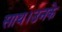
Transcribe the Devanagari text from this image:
साथ।उनके